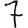
Digit: 7